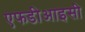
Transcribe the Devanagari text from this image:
एफडीआइसी